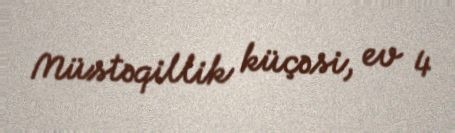
Müstəqillik küçəsi, ev 4